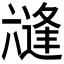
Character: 𭁛